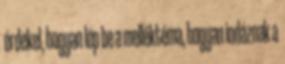
érdekel, hogyan lép be a melléktéma, hogyan indáznak a